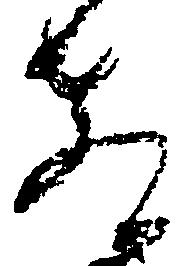
教